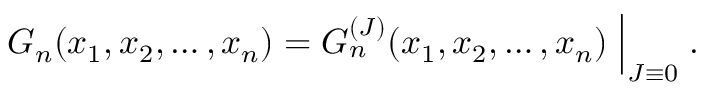
G _ { n } ( x _ { 1 } , x _ { 2 } , \dots , x _ { n } ) = G _ { n } ^ { ( J ) } ( x _ { 1 } , x _ { 2 } , \dots , x _ { n } ) \Bigm | _ { J \equiv 0 } .